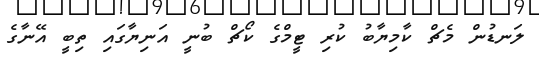
ލަނޑުން މެޗް ކާމިޔާބު ކުރި ޓީމްގެ ކޯޗް ބުނީ އަނިޔާގައި ތިބީ އޭނާގެ